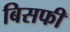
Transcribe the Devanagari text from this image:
बिसफी